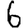
Digit: 6